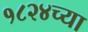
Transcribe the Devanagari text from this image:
१८२४च्या